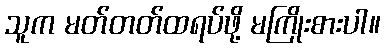
သူက မတ်တတ်ထရပ်ဖို့ မကြိုးစားပါ။